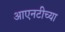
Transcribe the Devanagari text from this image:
आएनटीच्या